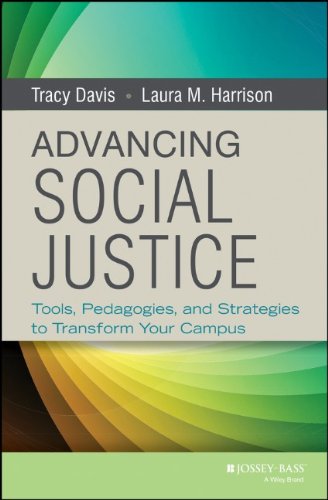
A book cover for Advancing Social Justice: Tools, Pedagogies, and Strategies to Transform Your Campus; Tracy Davis; Education & Teaching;